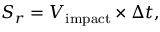
S _ { r } = V _ { \mathrm { { i m p a c t } } } \times \Delta t ,